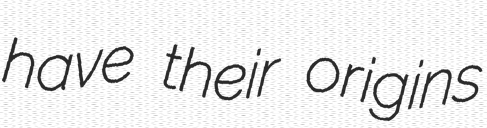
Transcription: have their origins